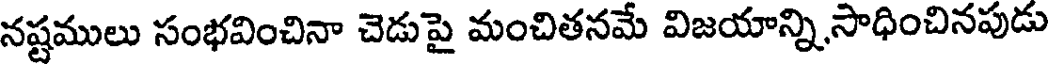
నష్టములు సంభవించినా చెడుపై మంచితనమే విజయాన్ని,సాధించినపుడు